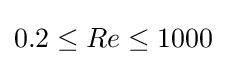
0.2\leq Re\leq 1000